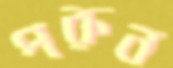
পরুন